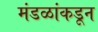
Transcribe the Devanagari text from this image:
मंडळांकडून